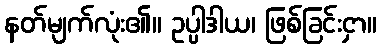
နတ်မျက်လုံး၏။ ဥပ္ပါဒါယ၊ ဖြစ်ခြင်းငှာ။